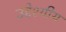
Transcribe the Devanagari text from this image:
उद्देश्यीय